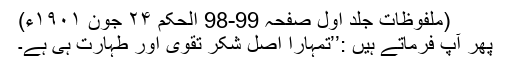
(ملفوظات جلد اول صفحہ 99-98 الحکم ۲۴ جون ۱۹۰۱ء)
پھر آپؑ فرماتے ہیں :’’تمہارا اصل شکر تقویٰ اور طہارت ہی ہے۔